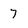
Character: 7